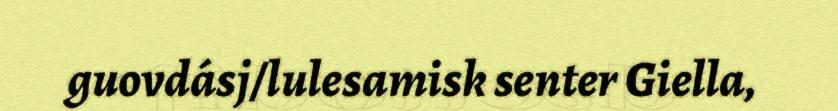
guovdásj/lulesamisk senter Giella,